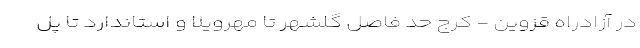
در آزادراه قزوین - کرج حد فاصل گلشهر تا مهرویلا و استاندارد تا پل